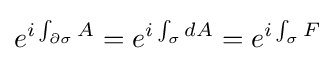
e^{i\int _{\partial \sigma }A}=e^{i\int _{\sigma }dA}=e^{i\int _{\sigma }F}